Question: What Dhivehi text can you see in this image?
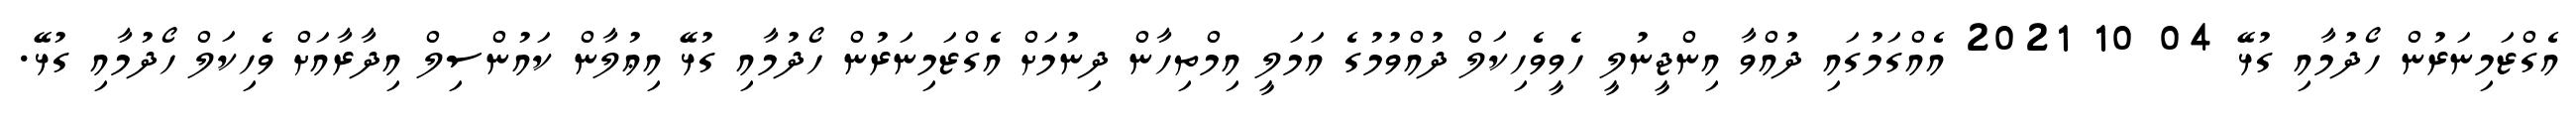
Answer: އެގްޒަމިނަރުން ހޯދުމާއި ގުޅޭ 04 10 2021 އެއްގަމުގައި ދުއްވާ އިންޖީނުލީ ހެވީވެހިކަލް ދުއްވުމުގެ އަމަލީ އިމްތިހާން ދިނުމަށް އެގްޒަމިނަރުން ހޯދުމާއި ގުޅޭ އިޢުލާން ކައުންސިލް އިދާރާއަށް ވެހިކަލް ހޯދުމާއި ގުޅޭ.